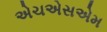
એચએસએમ